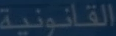
القانونية